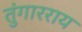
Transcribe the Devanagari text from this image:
तुंगारराय